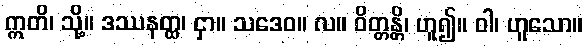
ဣတိ၊ သို့။ ဒဿနတ္ထ၊ ငှာ။ သဒေဝ။ လ။ ဝိတ္တန္တိ၊ ဟူ၍။ ဝါ၊ ဟူသော။